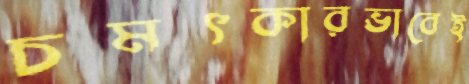
চমৎকারভাবেই